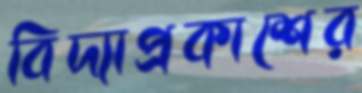
বিদ্যাপ্রকাশের